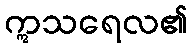
ဣသရေလ၏